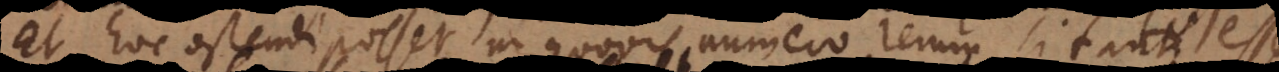
Et hoc ostendi posset in quovis numero rerum si tanti esset.